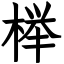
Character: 榉